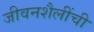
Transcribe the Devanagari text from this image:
जीवनशैलींची